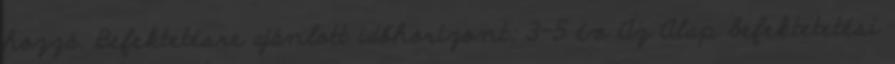
hozzá. Befektetésre ajánlott időhorizont: 3-5 év Az Alap befektetetési